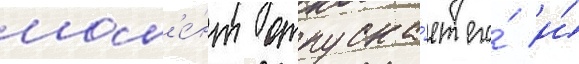
мом'е́нт отпуска́ет его́ и́